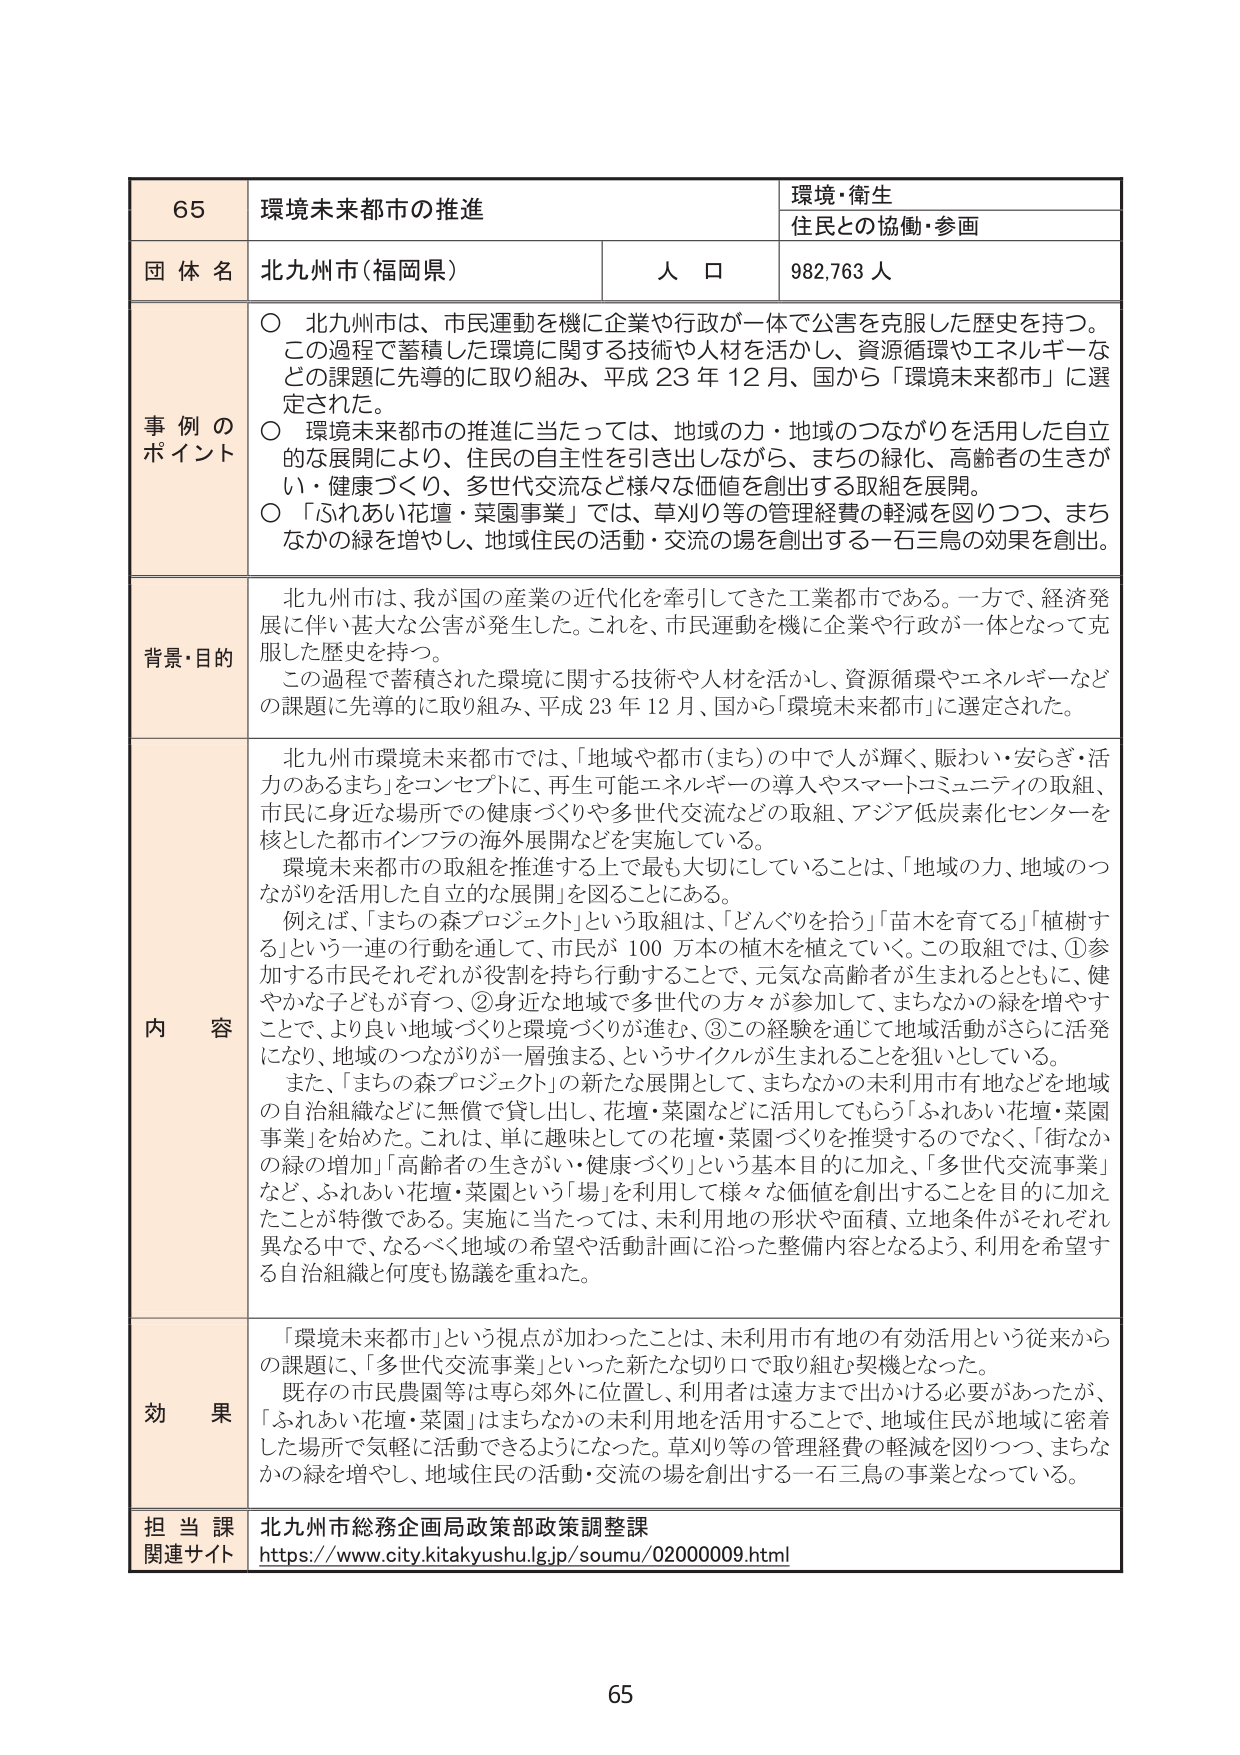
65 環境未来都市の推進 環境・衛生 住民との協働・参画 団体名 北九州市（福岡県） 人口 982,763人 事例のポイント ○ 北九州市は、市民運動を機に企業や行政が一体で公害を克服した歴史を持つ。この過程で蓄積した環境に関する技術や人材を活かし、資源循環やエネルギーなどの課題に先導的に取り組み、平成23年12月、国から「環境未来都市」に選定された。 ○ 環境未来都市の推進に当たっては、地域の力・地域のつながりを活用した自立的な展開により、住民の自主性を引き出しながら、まちの緑化、高齢者の生きがい・健康づくり、多世代交流など様々な価値を創出する取組を展開。 ○ 「ふれあい花壇・菜園事業」では、草刈り等の管理経費の軽減を図りつつ、まちなかの緑を増やし、地域住民の活動・交流の場を創出する一石三鳥の効果を創出。 背景・目的 北九州市は、我が国の産業の近代化を牽引してきた工業都市である。一方で、経済発展に伴い甚大な公害が発生した。これを、市民運動を機に企業や行政が一体となって克服した歴史を持つ。 この過程で蓄積された環境に関する技術や人材を活かし、資源循環やエネルギーなどの課題に先導的に取り組み、平成23年12月、国から「環境未来都市」に選定された。 内容 北九州市環境未来都市では、「地域や都市（まち）の中で人が輝く、賑わい・安らぎ・活力のあるまち」をコンセプトに、再生可能エネルギーの導入やスマートコミュニティの取組、市民に身近な場所での健康づくりや多世代交流などの取組、アジア低炭素化センターを核とした都市インフラの海外展開などを実施している。 環境未来都市の取組を推進する上で最も大切にしていることは、「地域の力、地域のつながりを活用した自立的な展開」を図ることにある。 例えば、「まちの森プロジェクト」という取組は、「どんぐりを拾う」「苗木を育てる」「植樹する」という一連の行動を通して、市民が100万本の植木を植えていく。この取組では、①参加する市民それぞれが役割を持ち行動することで、元気な高齢者が生まれるとともに、健やかな子どもが育つ、②身近な地域で多世代の方々が参加して、まちなかの緑を増やすことで、より良い地域づくりと環境づくりが進む、③この経験を通じて地域活動がさらに活発になり、地域のつながりが一層強まる、というサイクルが生まれることを狙いとしている。 また、「まちの森プロジェクト」の新たな展開として、まちなかの未利用市有地などを地域の自治組織などに無償で貸し出し、花壇・菜園などに活用してもらう「ふれあい花壇・菜園事業」を始めた。これは、単に趣味としての花壇・菜園づくりを推奨するのでなく、「街なかの緑の増加」「高齢者の生きがい・健康づくり」という基本目的に加え、「多世代交流事業」など、ふれあい花壇・菜園という「場」を利用して様々な価値を創出することを目的に加えたことが特徴である。実施に当たっては、未利用地の形状や面積、立地条件がそれぞれ異なる中で、なるべく地域の希望や活動計画に沿った整備内容となるよう、利用を希望する自治組織と何度も協議を重ねた。 効果 「環境未来都市」という視点が加わったことは、未利用市有地の有効活用という従来からの課題に、「多世代交流事業」といった新たな切り口で取り組む契機となった。 既存の市民農園等は専ら郊外に位置し、利用者は遠方まで出かける必要があったが、「ふれあい花壇・菜園」はまちなかの未利用地を活用することで、地域住民が地域に密着した場所で気軽に活動できるようになった。草刈り等の管理経費の軽減を図りつつ、まちなかの緑を増やし、地域住民の活動・交流の場を創出する一石三鳥の事業となっている。 担当課 北九州市総務企画局政策部政策調整課 関連サイト https://www.city.kitakyushu.lg.jp/soumu/02000009.html 65